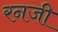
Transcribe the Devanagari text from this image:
रनजी